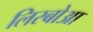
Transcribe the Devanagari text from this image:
लिस्बोआ